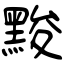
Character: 黢